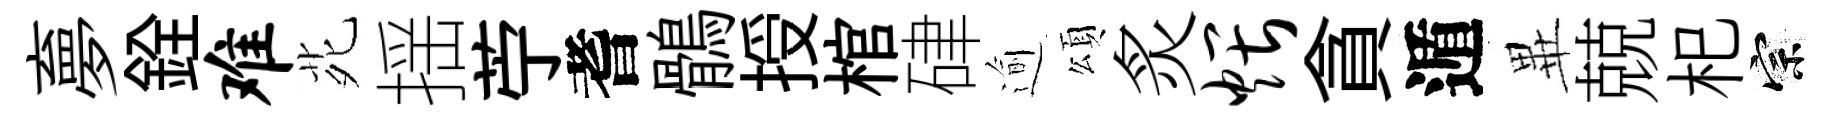
夣銓难𫟍揺苧耆鶻授棺硉逾頌炙煨貪遁𭺾兢𣏌宗